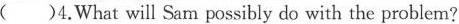
()4.What will Sam possibly do with the problem?